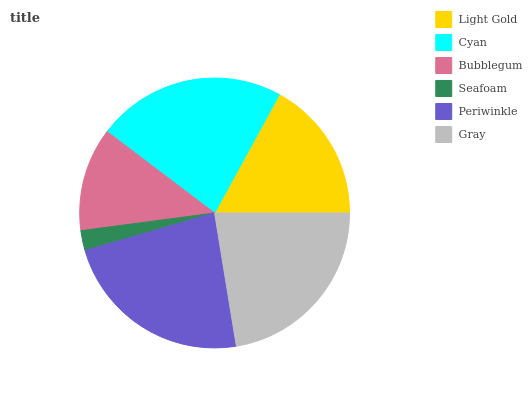
| Light Gold | Cyan | Bubblegum | Seafoam | Periwinkle | Gray |
 | --- | --- | --- | --- | --- | --- |
 | 17% | 22.6% | 12.4% | 2.4% | 23.1% | 22.5% |